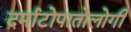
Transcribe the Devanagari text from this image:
दर्माटोपातोलोगी